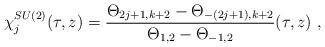
LaTeX: \begin{align*}\chi^{SU(2)}_j (\tau , z) = \frac{\Theta_{2j+1,k+2} - \Theta_{-(2j+1), k+2}} {\Theta_{1,2} - \Theta_{-1,2}} (\tau ,z) ~,\end{align*}